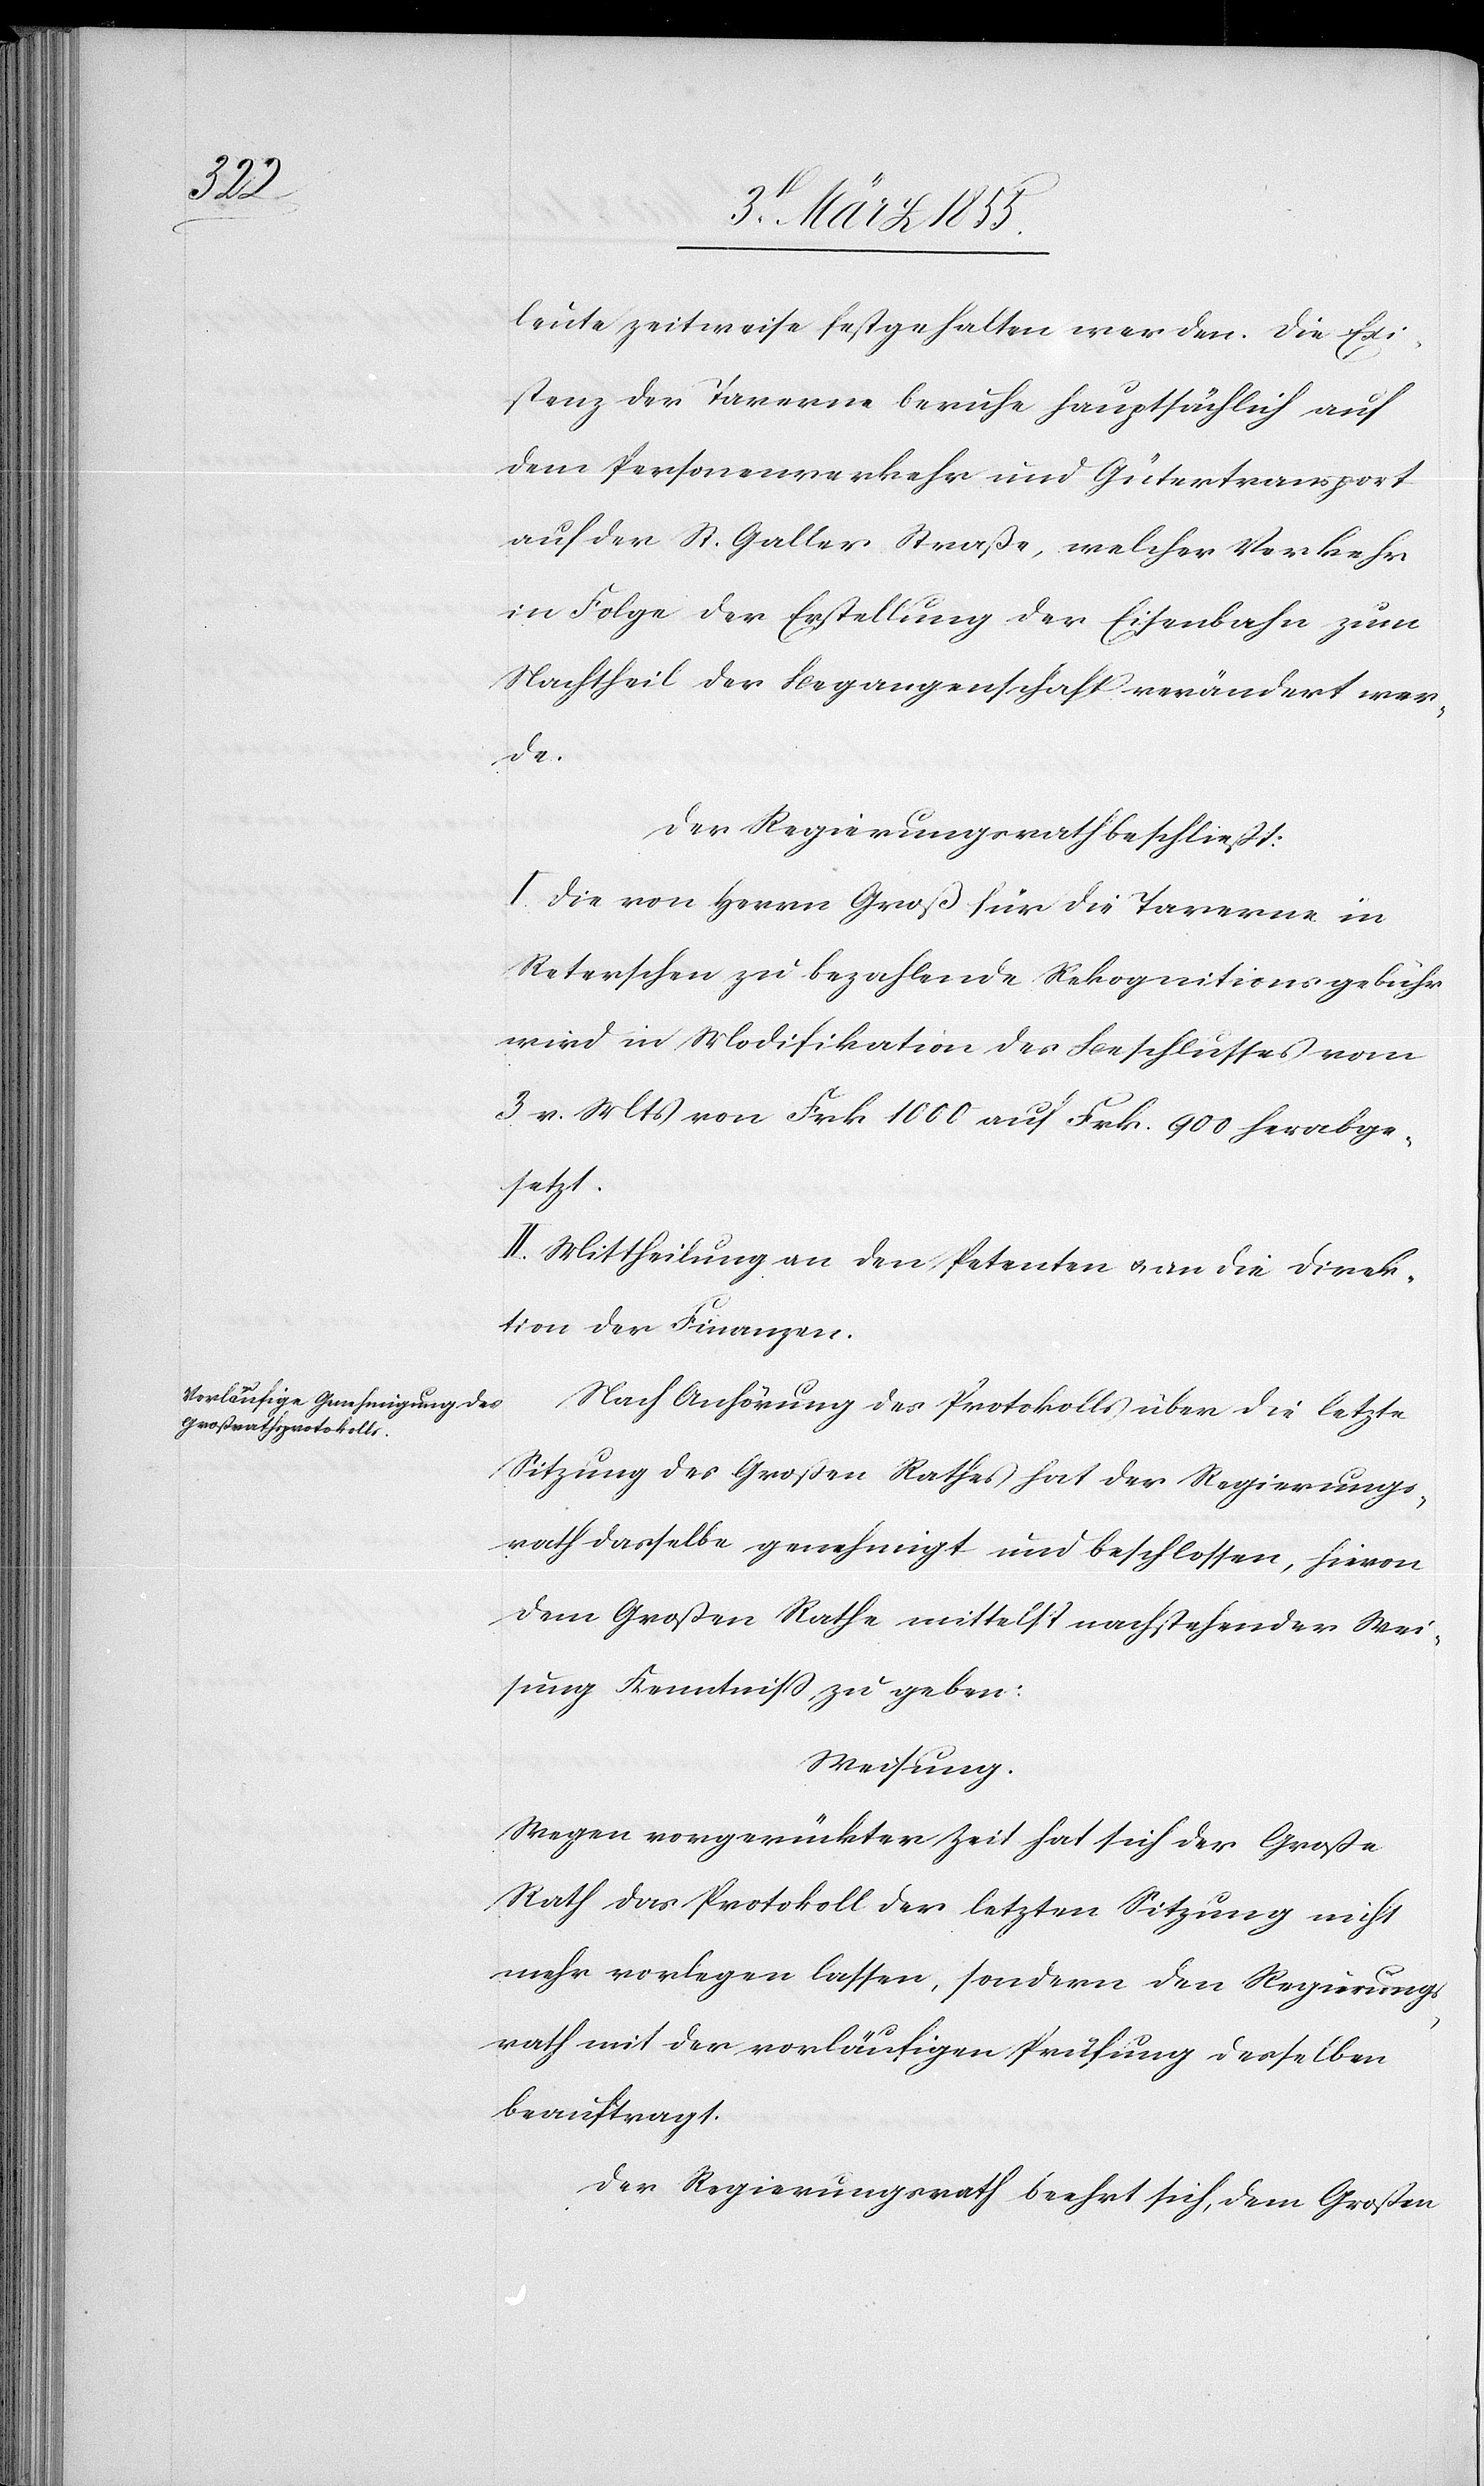
leute zeitweise festgehalten werden. Die Exi¬
stenz der Taverne beruhe hauptsächlich auf
dem Personenverkehr und Gütertransport
auf der St. Galler Straße, welcher Verkehr
in Folge der Erstellung der Eisenbahn zum
Nachtheil der Begangenschaft verändert wer¬
de.
Der Regierungsrath beschließt:
I. Die von Herrn Groß für die Taverne in
Reterschen zu bezahlende Rekognitionsgebühr
wird in Modifikation des Beschlusses vom
3 v. Mts von Frk 1000 auf Frk. 900 herabge¬
setzt.
II. Mittheilung an den Petenten & an die Direk¬
tion der Finanzen.
Nach Anhörung des Protokolls über die letzte
Sitzung des Großen Rathes hat der Regierungs¬
rath dasselbe genehmigt und beschlossen, hievon
dem Großen Rathe mittelst nachstehender Wei¬
sung Kenntniss zu geben:
Weisung.
Wegen vorgerückter Zeit hat sich der Große
Rath das Protokoll der letzten Sitzung nicht
mehr vorlegen lassen, sondern den Regierungs¬
rath mit der vorläufigen Prüfung desselben
beauftragt.
Der Regierungsrath beehrt sich, dem Großen